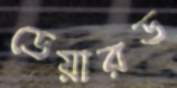
ডেয়ারড